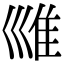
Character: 𡿾